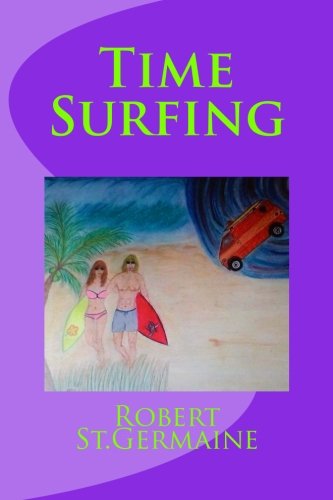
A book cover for Time Surfing: A Layman's Guide To Time Travel; Robert St.Germaine; Science Fiction & Fantasy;